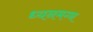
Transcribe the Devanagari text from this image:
ध्‍यनमग्‍न